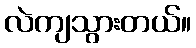
လဲကျသွားတယ်။